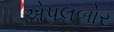
એપલબોર